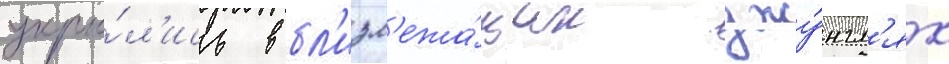
укры́л'ись в бл'изл'ежа́щих джу́нгл'ях